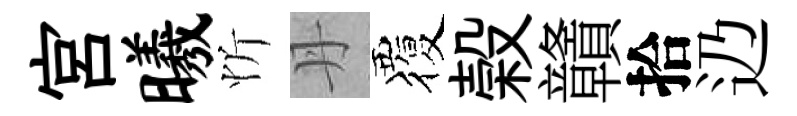
宫曦忻丹覆榖贛拾辸